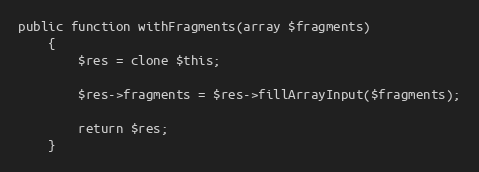
Language: PHP
public function withFragments(array $fragments)
    {
        $res = clone $this;

        $res->fragments = $res->fillArrayInput($fragments);

        return $res;
    }